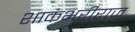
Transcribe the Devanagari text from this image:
शाकंभरीराज